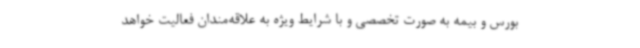
بورس و بیمه به صورت تخصصی و با شرایط ویژه به علاقه‌مندان فعالیت خواهد